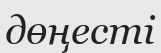
дөңесті